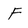
Character: F